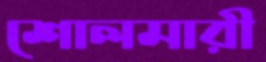
শোলমারী